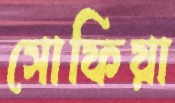
সোফিয়া